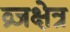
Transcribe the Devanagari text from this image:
व्रजक्षेत्र